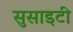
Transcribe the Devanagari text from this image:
सुसाइटी